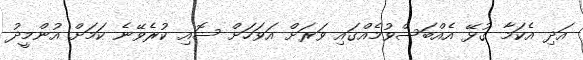
އަދި އެކަމާ ގުޅޭ އެއްބަސްވުމެއްގައި ވަރަށް އަވަހަށް ސޮއި ކުރެވޭނެ ކަމަށް އުންމީދު